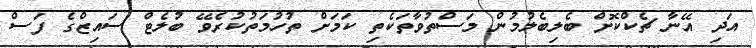
އަދި އޭނާ ޗެކްކޮށް ބެލިބެލުމުން މަސްތުވާތަކެތި ކަމަށް ތުހުމަތުކުރެވޭ ބުލެޓް ސައިޒްގެ ފަސް